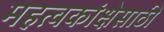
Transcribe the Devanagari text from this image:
महत्वकांक्षेसाठी